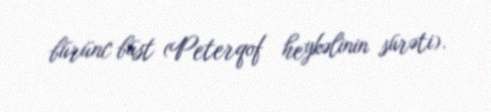
bürünc büst (Peterqof heykəlinin sürəti).